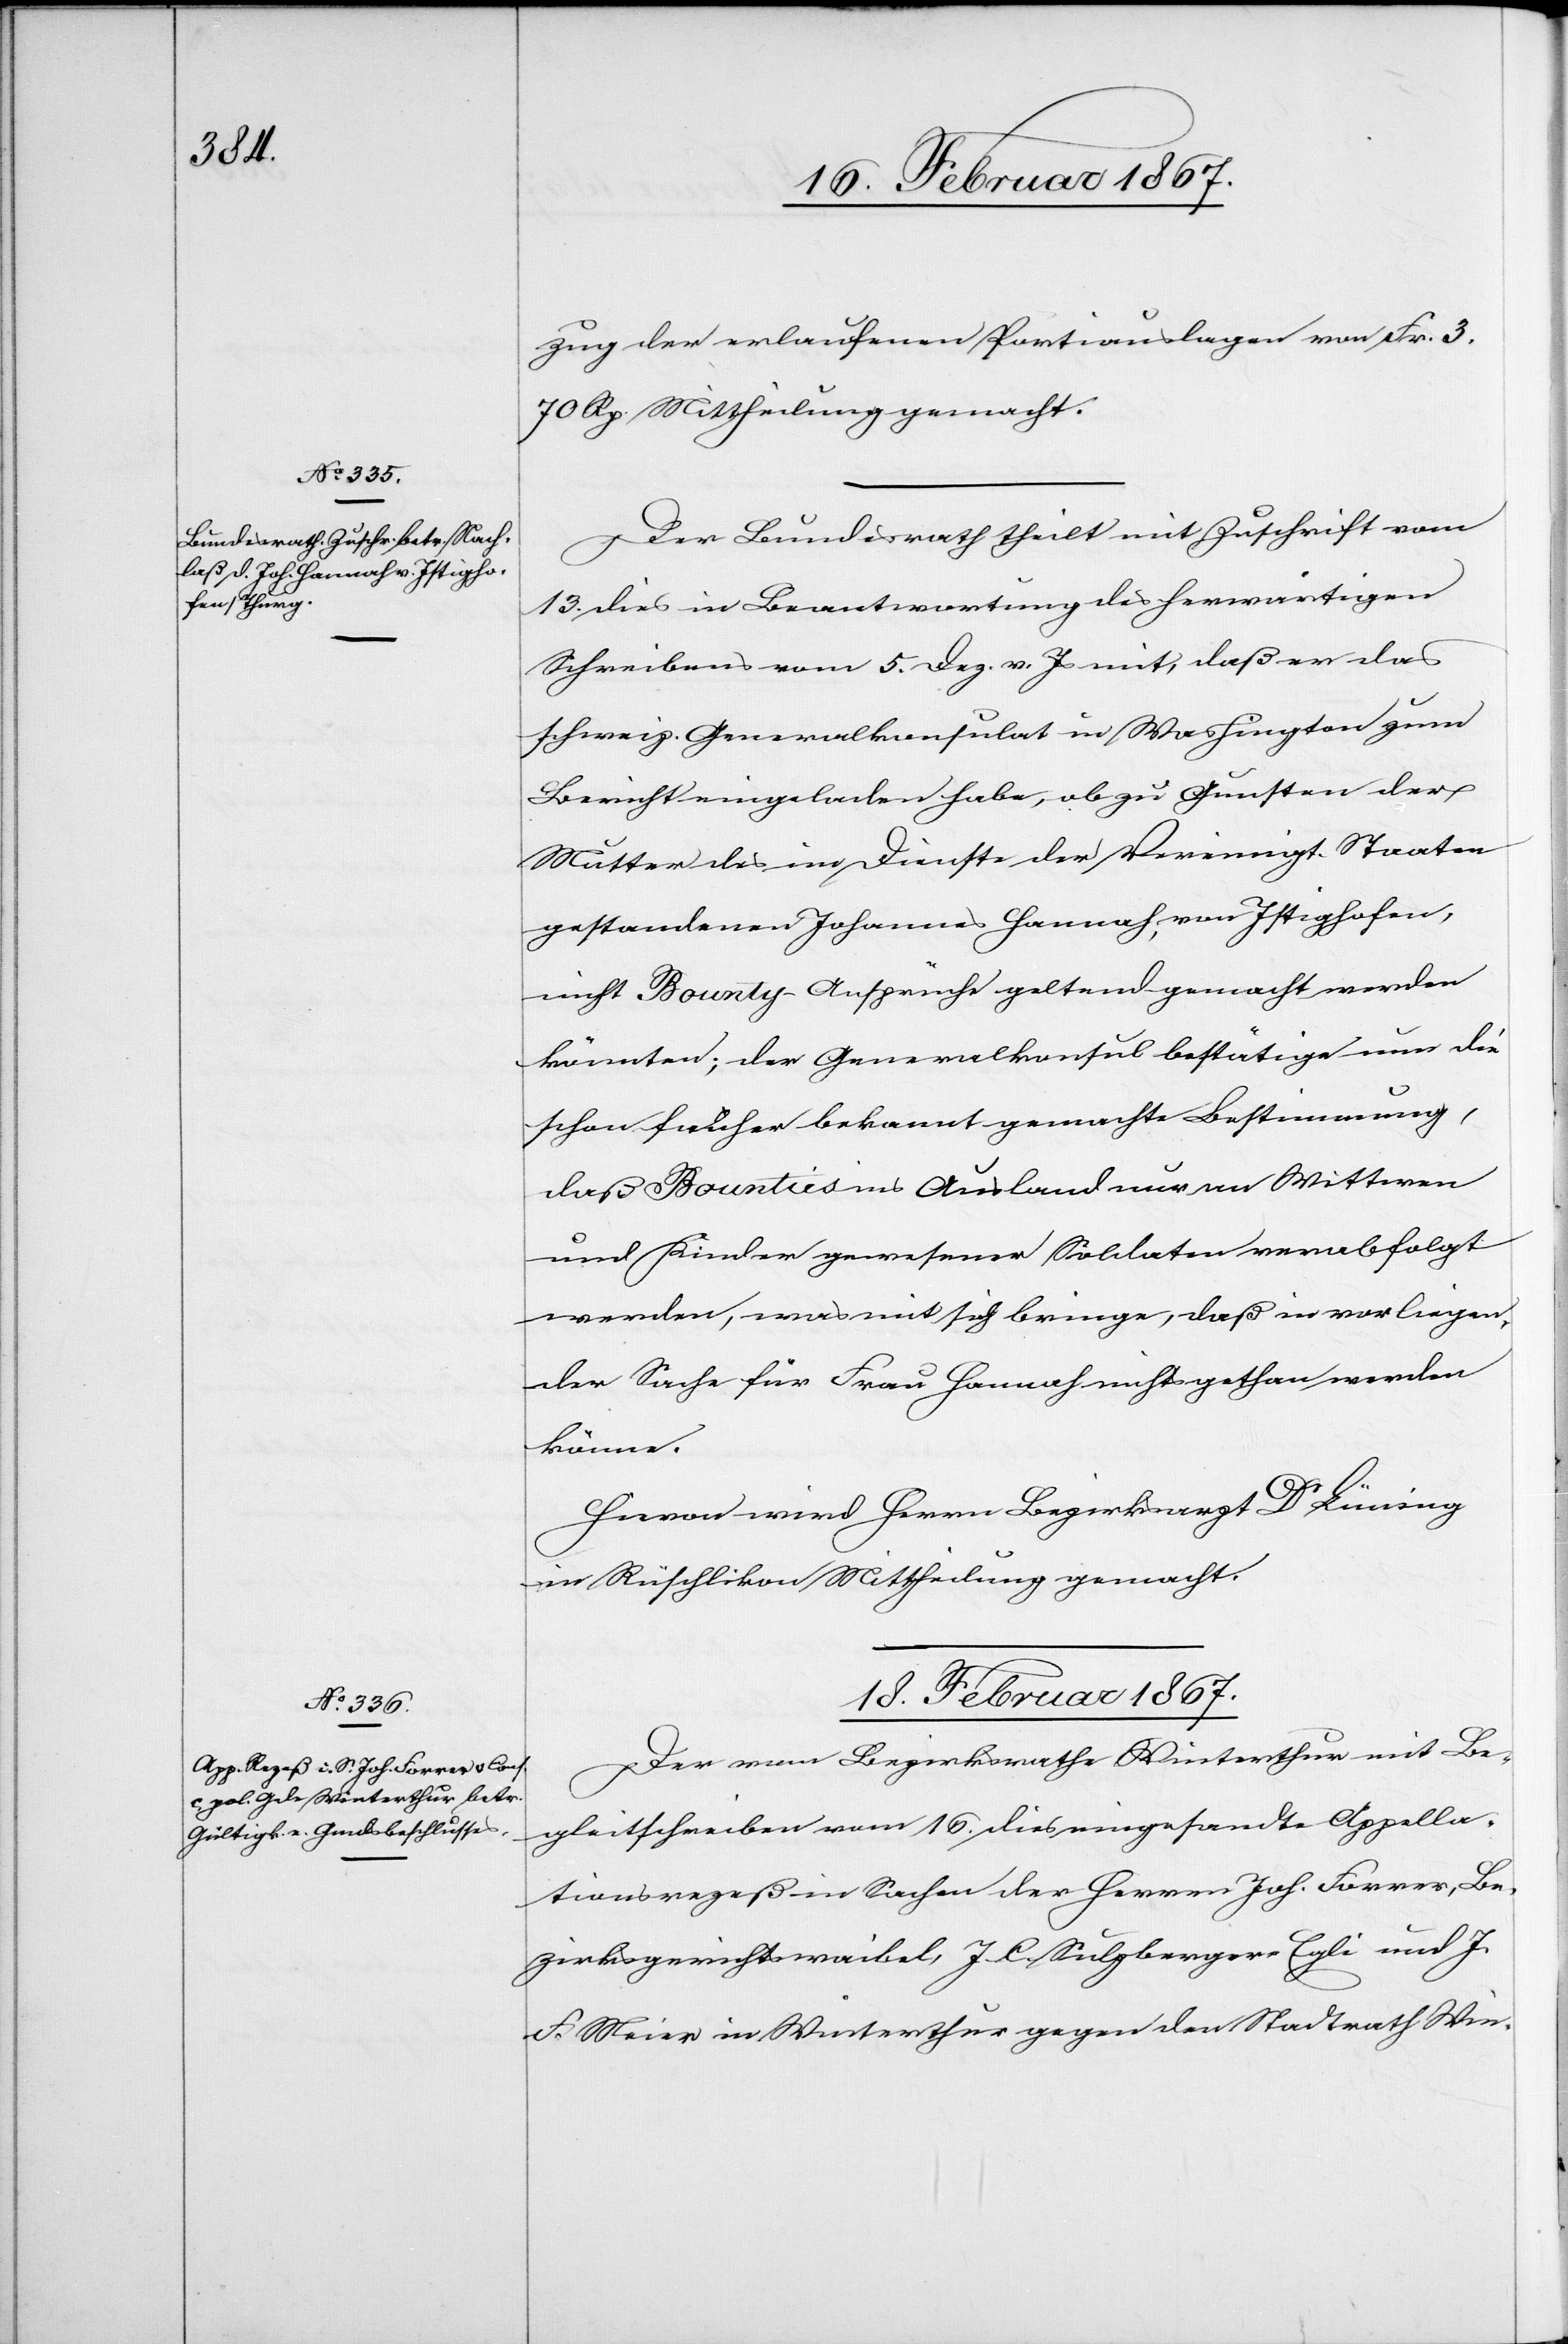
17. Februar 1867.]
zug der erlaufenen Portiauslagen von Frk. 3.
70 Rp. Mittheilung gemacht.
Der Bundesrath theilt mit Zuschrift vom
13 dies in Beantwortung des herwärtigen
Schreibens vom 5. Dez. v. Js mit, daß er das
schweiz. Generalkonsulat in Washington zum
Bericht eingeladen habe, ob zu Gunsten der
Mutter des im Dienste der Vereinigten Staaten
gestandenen Johannes Hannah, von Istighofen,
nicht Bounty-Ansprüche geltend gemacht werden
könnten; der Generalkonsul bestätige nun die
schon früher bekannt gemachte Bestimmung,
daß Bounties ins Ausland nur an Wittwen
und Kinder gewesener Soldaten verabfolgt
werden, was mit sich bringe, daß in vorliegen¬
der Sache für Frau Hannah nichts gethan werden
könne.
Hievon wird Herrn Bezirksrath Dr Lüning
in Rüschlikon Mittheilung gemacht.
18. Februar 1867.
Der vom Bezirksrathe Winterthur mit Be¬
gleitschreiben vom 16. dies eingesandte Appella¬
tionsrezeß in Sachen der Herren Joh. Forrer,
F. Meier in Winterthur gegen den Stadtrath Win-